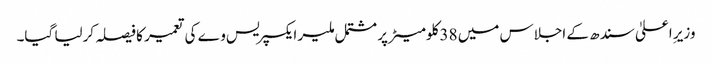
وزیرِ اعلیٰ سندھ کے اجلاس میں 38 کلومیٹر پر مشتمل ملیر ایکسپریس وے کی تعمیر کا فیصلہ کرلیا گیا۔